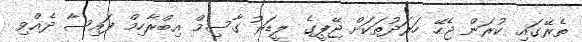
ތެރޭގައި ކުރަން ޖެހޭ ހަރަދުތަކަށް ޖޭޕީގެ ލީޑަރު ގާސިމް އިބްރާހިމް ފައިސާ ދެއްވި